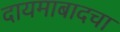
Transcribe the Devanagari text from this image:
दायमाबादचा